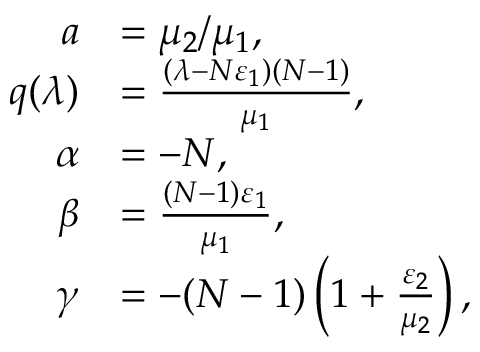
\begin{array} { r l } { a } & { = \mu _ { 2 } / \mu _ { 1 } , } \\ { q ( \lambda ) } & { = \frac { ( \lambda - N \varepsilon _ { 1 } ) ( N - 1 ) } { \mu _ { 1 } } , } \\ { \alpha } & { = - N , } \\ { \beta } & { = \frac { ( N - 1 ) \varepsilon _ { 1 } } { \mu _ { 1 } } , } \\ { \gamma } & { = - ( N - 1 ) \left( 1 + \frac { \varepsilon _ { 2 } } { \mu _ { 2 } } \right) , } \end{array}